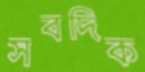
সবদিক